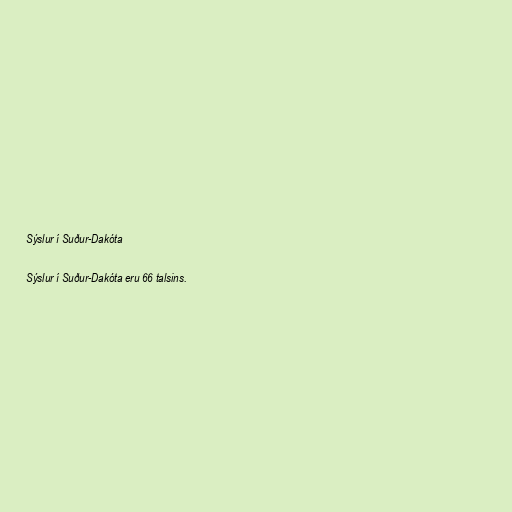
Sýslur í Suður-Dakóta

Sýslur í Suður-Dakóta eru 66 talsins.